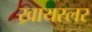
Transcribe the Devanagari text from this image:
ख्रायस्लर